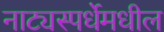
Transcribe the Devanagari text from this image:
नाट्यस्पर्धेमधील